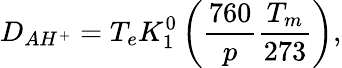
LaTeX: D_{AH^{+}}=T_{e}K_{1}^{0}\left(\frac{760}{p}\frac{T_{m}}{273}\right),